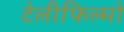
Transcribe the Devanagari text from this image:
टेलीफिल्मों